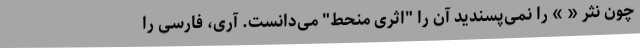
چون نثر « » را نمی‌پسندید آن را "اثری منحط" می‌دانست. آری، فارسی را